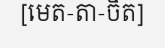
[មេត-តា-ចិត]